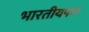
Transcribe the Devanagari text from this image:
भारतीयपण